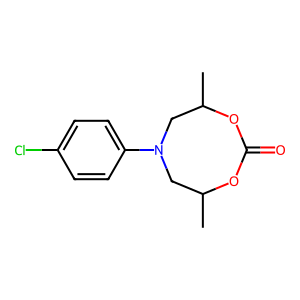
SMILES: CC1CN(c2ccc(Cl)cc2)CC(C)OC(=O)O1
Inhibits HIV replication: No